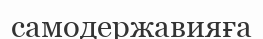
самодержавияға